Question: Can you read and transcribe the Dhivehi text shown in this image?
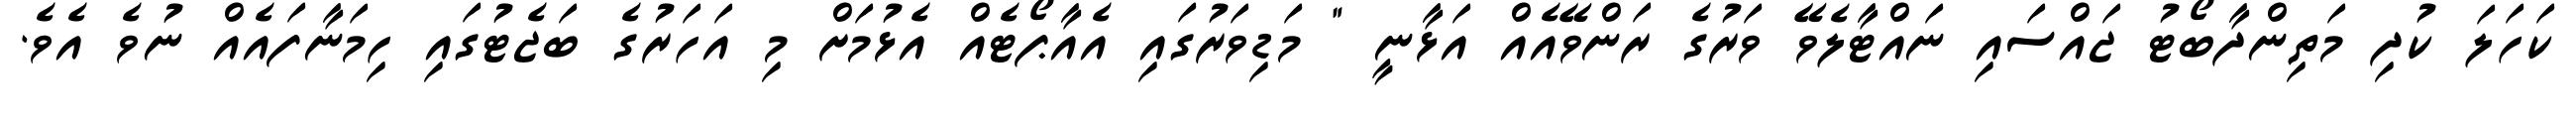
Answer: ކަހަލަ ކުދި މަތިންދާބޯޓު ޖައްސައި ނައްޓާލެވޭ ވަރުގެ ރަންވޭއެއް އަޅާނީ " މަޑިވަރުގައި އެއާޕޯޓެއް އެޅުމަށް މި އަހަރުގެ ބަޖެޓުގައި ހިމަނާފައެއް ނުވެ އެވެ.